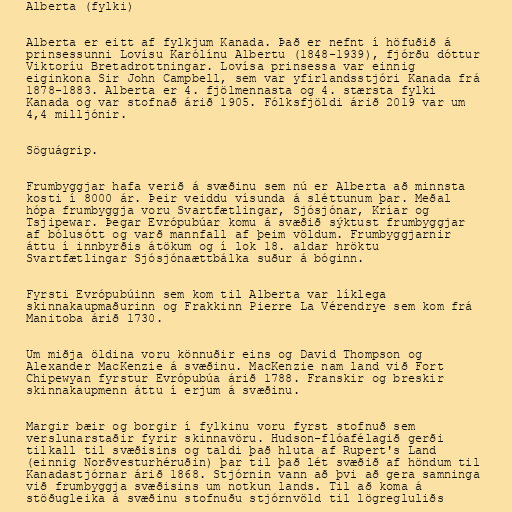
Alberta (fylki)

Alberta er eitt af fylkjum Kanada. Það er nefnt í höfuðið á
prinsessunni Lovísu Karólínu Albertu (1848-1939), fjórðu dóttur
Viktoríu Bretadrottningar. Lovísa prinsessa var einnig
eiginkona Sir John Campbell, sem var yfirlandsstjóri Kanada frá
1878-1883. Alberta er 4. fjölmennasta og 4. stærsta fylki
Kanada og var stofnað árið 1905. Fólksfjöldi árið 2019 var um
4,4 milljónir.

Söguágrip.

Frumbyggjar hafa verið á svæðinu sem nú er Alberta að minnsta
kosti í 8000 ár. Þeir veiddu vísunda á sléttunum þar. Meðal
hópa frumbyggja voru Svartfætlingar, Sjósjónar, Kríar og
Tsjipewar. Þegar Evrópubúar komu á svæðið sýktust frumbyggjar
af bólusótt og varð mannfall af þeim völdum. Frumbyggjarnir
áttu í innbyrðis átökum og í lok 18. aldar hröktu
Svartfætlingar Sjósjónaættbálka suður á bóginn.

Fyrsti Evrópubúinn sem kom til Alberta var líklega
skinnakaupmaðurinn og Frakkinn Pierre La Vérendrye sem kom frá
Manitoba árið 1730.

Um miðja öldina voru könnuðir eins og David Thompson og
Alexander MacKenzie á svæðinu. MacKenzie nam land við Fort
Chipewyan fyrstur Evrópubúa árið 1788. Franskir og breskir
skinnakaupmenn áttu í erjum á svæðinu.

Margir bæir og borgir í fylkinu voru fyrst stofnuð sem
verslunarstaðir fyrir skinnavöru. Hudson-flóafélagið gerði
tilkall til svæðisins og taldi það hluta af Rupert's Land
(einnig Norðvesturhéruðin) þar til það lét svæðið af höndum til
Kanadastjórnar árið 1868. Stjórnin vann að þvi að gera samninga
við frumbyggja svæðisins um notkun lands. Til að koma á
stöðugleika á svæðinu stofnuðu stjórnvöld til lögregluliðs